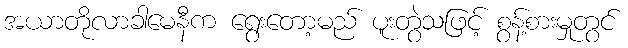
အယာတိုလာခါမေနီက ရွေးတော့မည် ပူးတွဲသဖြင့် စွန့်စားမှုတွင်